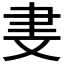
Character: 𬚪